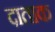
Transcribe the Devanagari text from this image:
दाताक